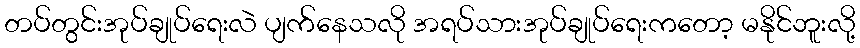
တပ်တွင်းအုပ်ချုပ်ရေးလဲ ပျက်နေသလို အရပ်သားအုပ်ချုပ်ရေးကတော့ မနိုင်ဘူးလို့